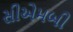
સીએમબી